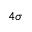
_ { 4 \sigma }